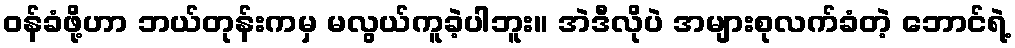
ဝန်ခံဖို့ဟာ ဘယ်တုန်းကမှ မလွယ်ကူခဲ့ပါဘူး။ အဲဒီလိုပဲ အများစုလက်ခံတဲ့ ဘောင်ရဲ့